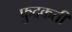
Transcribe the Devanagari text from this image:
फुदकती